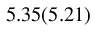
5 . 3 5 ( 5 . 2 1 )